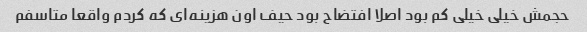
حجمش خیلی خیلی کم بود اصلا افتضاح بود حیف اون هزینه‌ای که کردم واقعا متاسفم